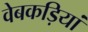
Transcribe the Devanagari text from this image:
वेबकड़ियां